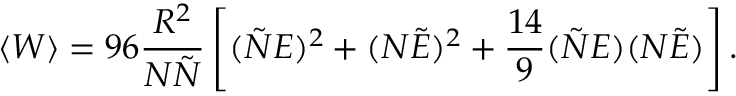
\langle W \rangle = 9 6 \frac { R ^ { 2 } } { N \tilde { N } } \left[ ( \tilde { N } E ) ^ { 2 } + ( N \tilde { E } ) ^ { 2 } + \frac { 1 4 } { 9 } ( \tilde { N } E ) ( N \tilde { E } ) \right] .